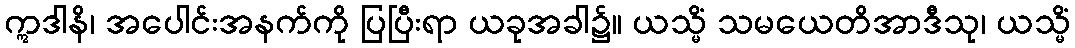
ဣဒါနိ၊ အပေါင်းအနက်ကို ပြပြီးရာ ယခုအခါ၌။ ယသ္မိံ သမယေတိအာဒီသု၊ ယသ္မိံ